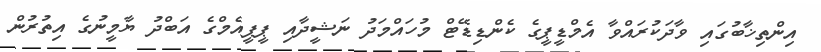
އިންތިޚާބުގައި ވާދަކުރައްވާ އެމްޑީޕީގެ ކެންޑިޑޭޓް މުހައްމަދު ނަޝީދާއި ޕީޕީއެމްގެ އަބްދު ޔާމީނުގެ އިތުރުން